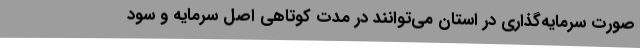
صورت سرمایه‌گذاری در استان می‌توانند در مدت کوتاهی اصل سرمایه و سود